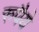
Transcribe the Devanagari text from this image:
रुपैये